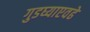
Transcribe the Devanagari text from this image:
गुडघ्याएवढे